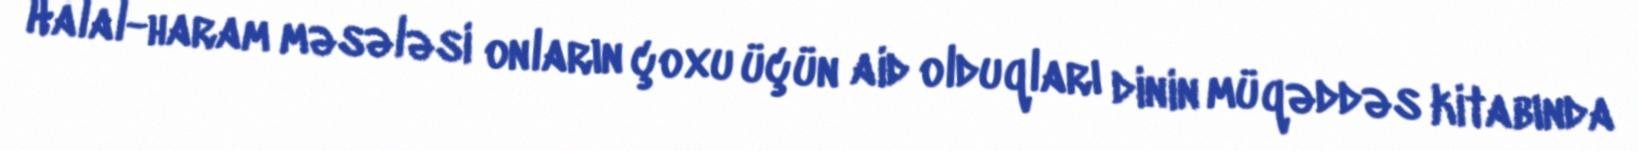
Halal-haram məsələsi onların çoxu üçün aid olduqları dinin müqəddəs kitabında